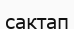
сактап